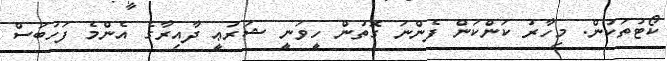
ކޯޓުތަކުން. މިހާރު ކަންކަން ފެންނަ ގޮތުން ހީވަނީ ޝަރުޢީ ދާއިރާގެ އެންމެ ފަހުބަސް